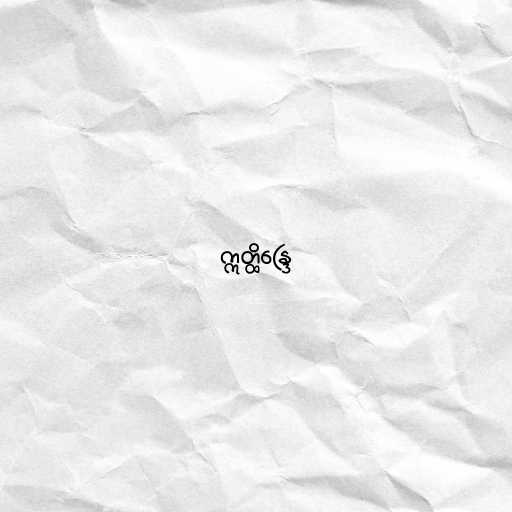
ဣတ္ထိန္ဒြေ